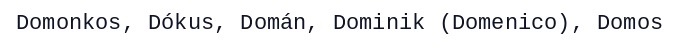
Domonkos, Dókus, Domán, Dominik (Domenico), Domos